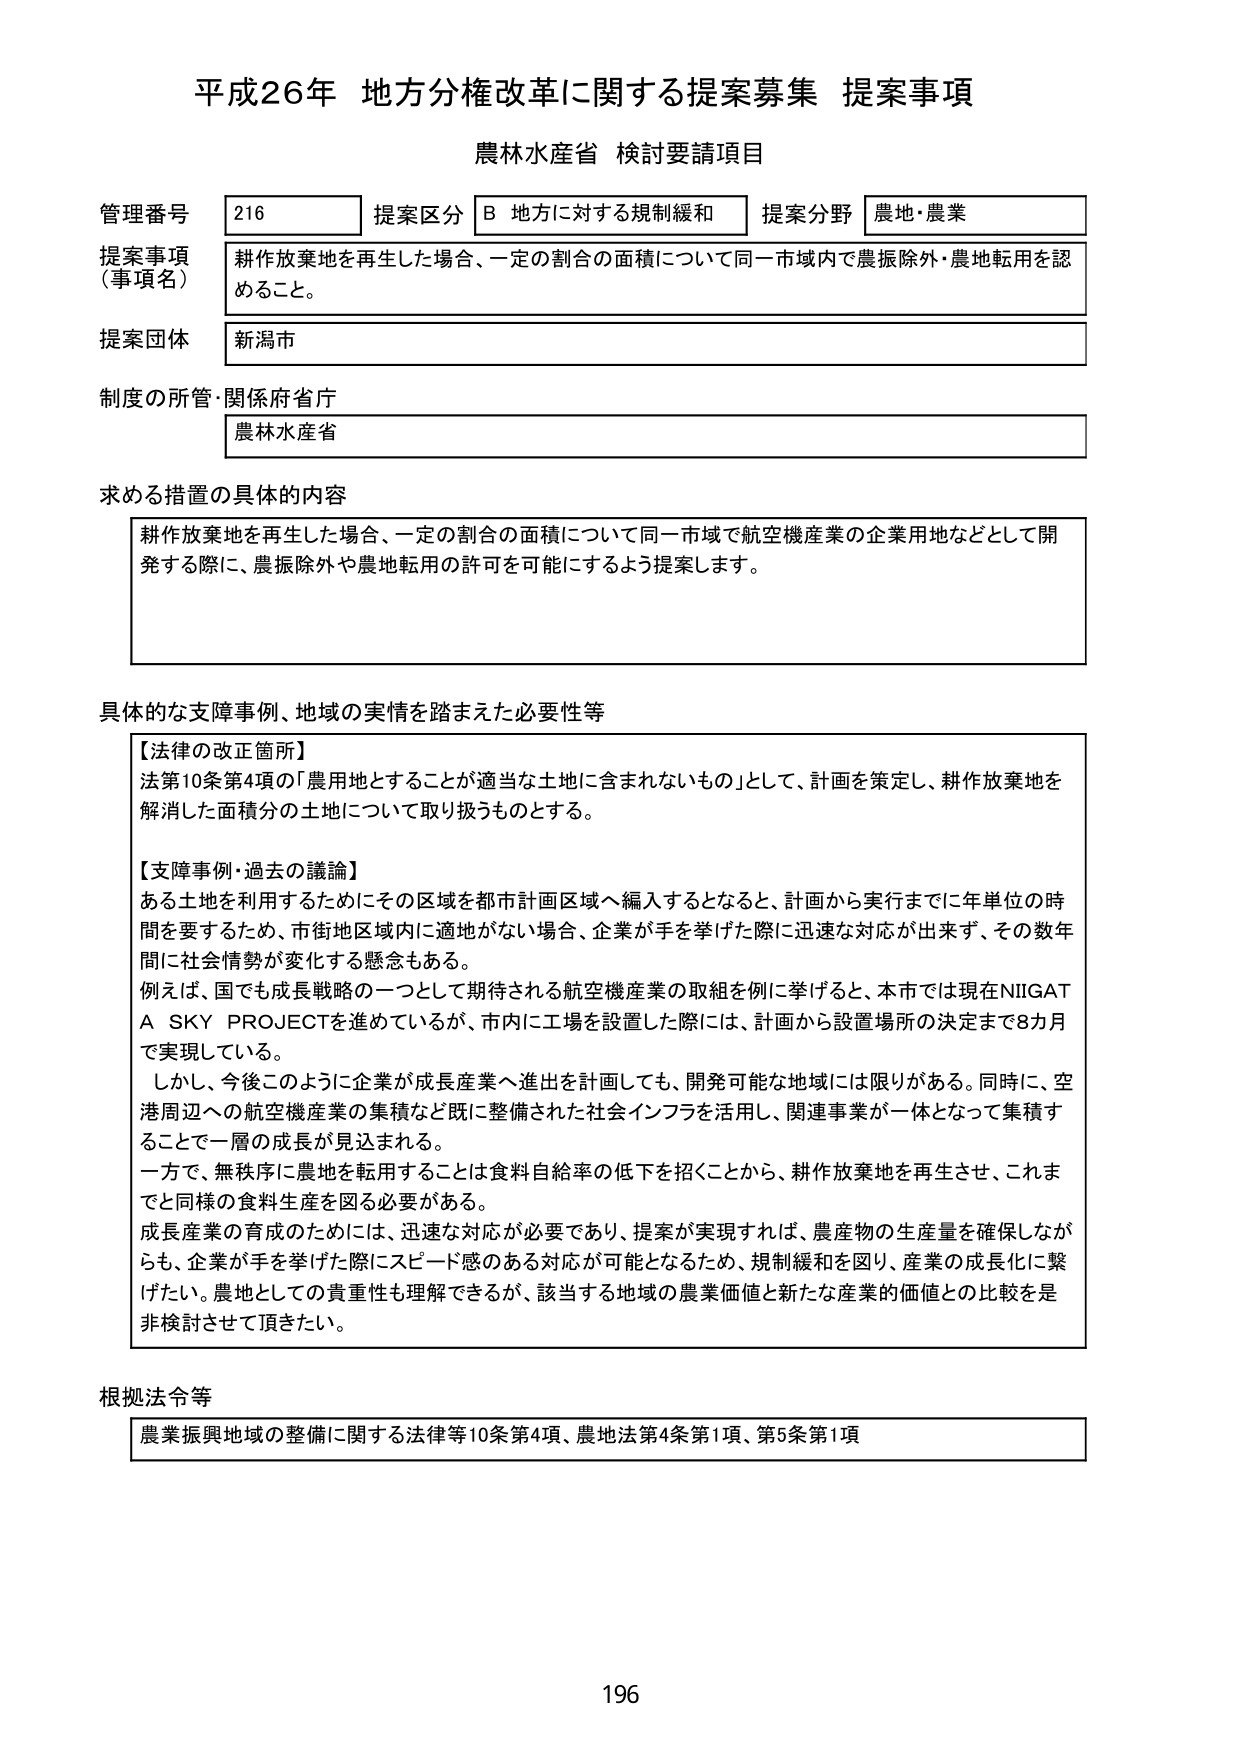
平成26年 地方分権改革に関する提案募集 提案事項
農林水産省 検討要請項目

管理番号 216 提案区分 B 地方に対する規制緩和 提案分野 農地・農業
提案事項（事項名） 耕作放棄地を再生した場合、一定の割合の面積について同一市域内で農振除外・農地転用を認める。
提案団体 新潟市
制度の所管・関係府省庁 農林水産省

求める措置の具体的内容
耕作放棄地を再生した場合、一定の割合の面積について同一市域で航空機産業の企業用地などとして開発する際に、農振除外や農地転用の許可を可能にするよう提案します。

具体的な支障事例、地域の実情を踏まえた必要性等
【法律の改正箇所】
法第10条第4項の「農用地とすることが適当な土地に含まれないもの」として、計画を策定し、耕作放棄地を解消した面積分の土地について取り扱うものとする。

【支障事例・過去の議論】
ある土地を利用するためにはその区域を都市計画区域へ編入するとなると、計画から実行までに年単位の時間を要するため、市街地区域内に適地がない場合、企業が手を挙げた際に迅速な対応が出来ず、その数年間に社会情勢が変化する懸念もある。
例えば、国でも成長戦略の一つとして期待される航空機産業の取組を例に挙げると、本市では現在NIIGATA SKY PROJECTを進めているが、市内に工場を設置した際には、計画から設置場所の決定まで8カ月で実現している。
しかし、今後このように企業が成長産業へ進出を計画しても、開発可能な地域には限りがある。同時に、空港周辺への航空機産業の集積など既に整備された社会インフラを活用し、関連事業が一体となって集積することで一層の成長が見込まれる。
一方で、無秩序に農地を転用することは食料自給率の低下を招くことから、耕作放棄地を再生させ、これまでと同様の食料生産を図る必要がある。
成長産業の育成のためには、迅速な対応が必要であり、提案が実現すれば、農産物の生産量を確保しながらも、企業が手を挙げた際にスピード感のある対応が可能となるため、規制緩和を図り、産業の成長化に繋げたい。農地としての貴重性も理解できるが、該当する地域の農業価値と新たな産業的価値との比較を是非検討させて頂きたい。

根拠法令等
農業振興地域の整備に関する法律等10条第4項、農地法第4条第1項、第5条第1項

196